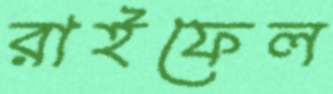
রাইফেল